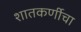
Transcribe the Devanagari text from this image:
शातकर्णीचा